Report of the Imperial Institute of Veterinary Research, Muktesar
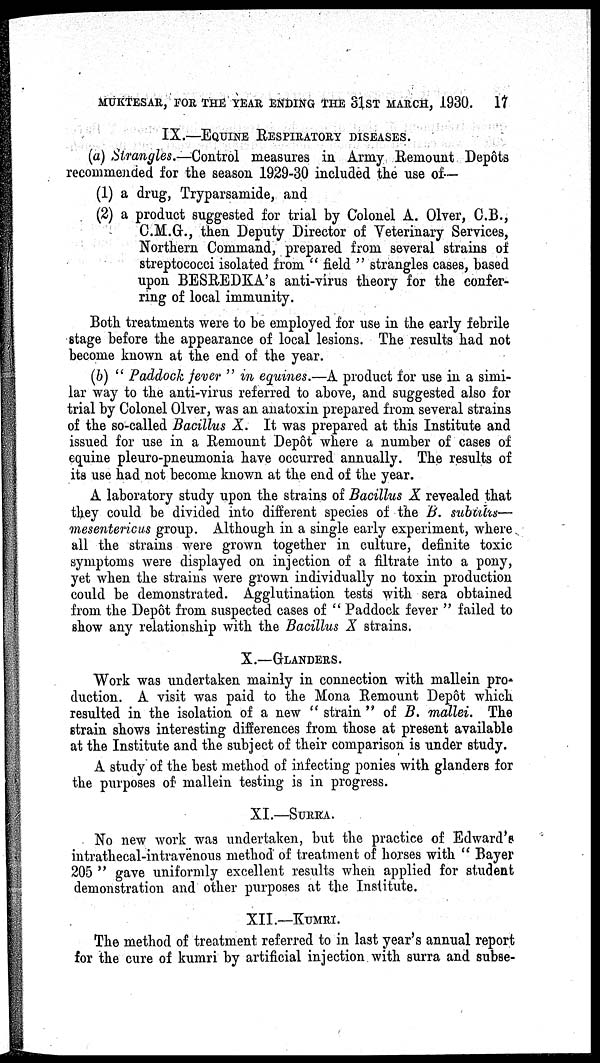
MUKTESAR, FOR THE YEAR ENDING THE 31ST MARCH, 1930.
17
IX.—EQUINE RESPIRATORY DISEASES.
(a) Strangles.—Control measures in Army Remount Depôts
recommended for the season 1929-30 included the use of—
(1) a drug, Tryparsamide, and
(2) a product suggested for trial by Colonel A. Olver, C.B.,
C.M.G., then Deputy Director of Veterinary Services,
Northern Command, prepared from several strains of
streptococci isolated from " field " strangles cases, based
upon BESREDKA's anti-virus theory for the confer-
ring of local immunity.
Both treatments were to be employed for use in the early febrile
stage before the appearance of local lesions. The results had not
become known at the end of the year.
(b) " Paddock fever " in equines.—A product for use in a simi-
lar way to the anti-virus referred to above, and suggested also for
trial by Colonel Olver, was an anatoxin prepared from several strains
of the so-called Bacillus X. It was prepared at this Institute and
issued for use in a Remount Depôt where a number of cases of
equine pleuro-pneumonia have occurred annually. The results of
its use had not become known at the end of the year.
A laboratory study upon the strains of Bacillus X revealed that
they could be divided into different species of the B. subtilis—
mesentericus group. Although in a single early experiment, where
all the strains were grown together in culture, definite toxic
symptoms were displayed on injection of a filtrate into a pony,
yet when the strains were grown individually no toxin production
could be demonstrated. Agglutination tests with sera obtained
from the Depôt from suspected cases of " Paddock fever " failed to
show any relationship with the Bacillus X strains.
X.—GLANDERS.
Work was undertaken mainly in connection with mallein pro-
duction. A visit was paid to the Mona Remount Depôt which
resulted in the isolation of a new " strain " of B. mallei. The
strain shows interesting differences from those at present available
at the Institute and the subject of their comparison is under study.
A study of the best method of infecting ponies with glanders for
the purposes of mallein testing is in progress.
XI.—SURRA.
No new work was undertaken, but the practice of Edward's
intrathecal-intravenous method of treatment of horses with " Bayer
205 " gave uniformly excellent results when applied for student
demonstration and other purposes at the Institute.
XII.—KUMRI.
The method of treatment referred to in last year's annual report
for the cure of kumri by artificial injection with surra and subse-